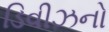
ડિવીઝનો